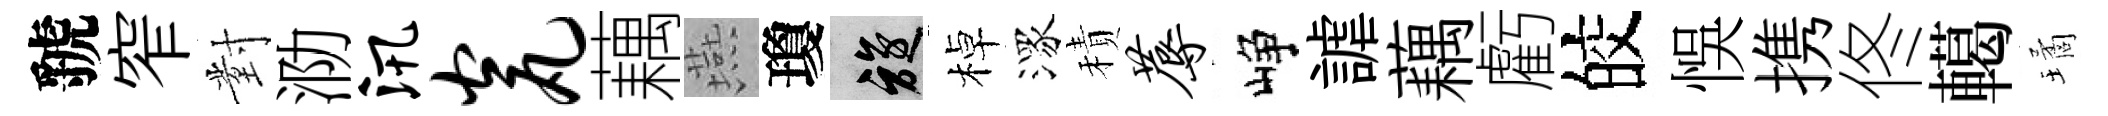
虢窄對泐汛瓮藕燕瓊旋棹潈積蓐峥謔藕虧皎悞携佟轕璚